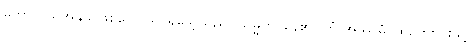
ကောသိယအနွယ်ဖြစ်သော ရှင်ရသေ့သည်။ သမ္မတိ၊ နေ၏။ တံ အဿမံ၊ ထိုကျောင်းသို့။